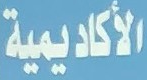
الأكاديمية